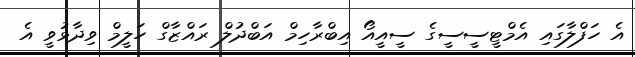
އެ ހަފްލާގައި އެމްޓީސީސީގެ ސީއީއޯ އިބްރާހިމް އަބްދުލް ރައްޒާގް ހަލީމް ވިދާޅުވީ އެ